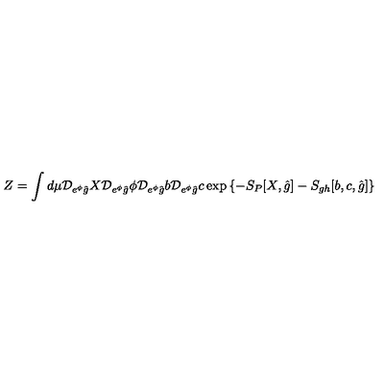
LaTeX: Z = \int d \mu { \cal D } _ { e ^ { \phi } \hat { g } } X { \cal D } _ { e ^ { \phi } \hat { g } } \phi { \cal D } _ { e ^ { \phi } \hat { g } } b { \cal D } _ { e ^ { \phi } \hat { g } } c \exp { \left\{ - S _ { P } [ X , \hat { g } ] - S _ { g h } [ b , c , \hat { g } ] \right\} }